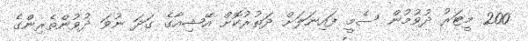
200 މީޓަރު ދުވުމުން ސެމީ ފައިނަލަށް ދަތުރުކޮށް އޭޝިއާގެ ގަދަ ނުވަ ދުވުންތެރިންގެ